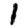
Digit: 1